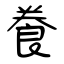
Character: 飬